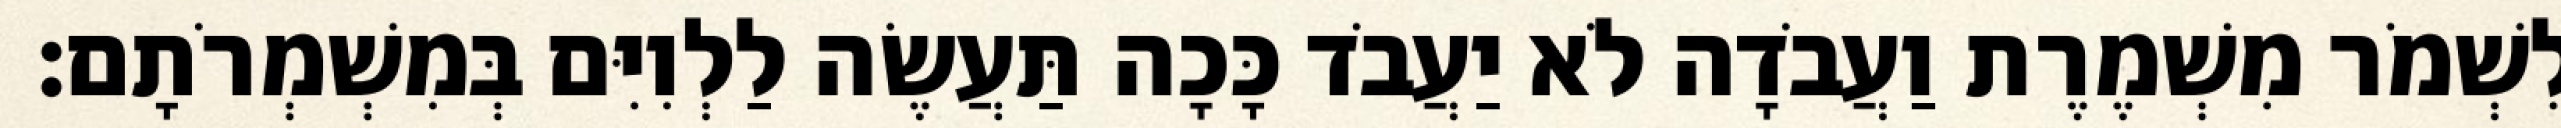
לִשְׁמֹר מִשְׁמֶרֶת וַעֲבֹדָה לֹא יַעֲבֹד כָּכָה תַּעֲשֶׂה לַלְוִיִּם בְּמִשְׁמְרֹתָם׃